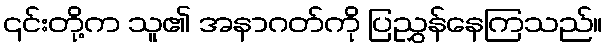
၎င်းတို့က သူ၏ အနာဂတ်ကို ပြညွှန်နေကြသည်။